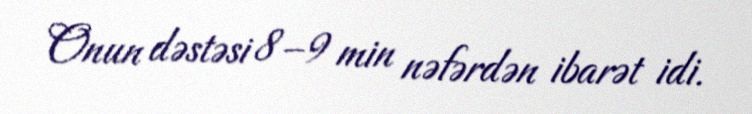
Onun dəstəsi 8–9 min nəfərdən ibarət idi.